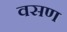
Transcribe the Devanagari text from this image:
वसण